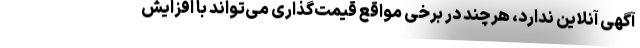
آگهی آنلاین ندارد، هرچند در برخی مواقع قیمت‌گذاری می‌تواند با افزایش